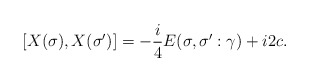
\begin{align*} [X(\sigma),X(\sigma')]=-\frac{i}{4}E(\sigma,\sigma':\gamma)+i2c.\end{align*}